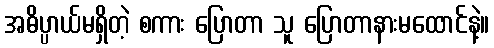
အဓိပ္ပာယ်မရှိတဲ့ စကား ပြောတာ သူ ပြောတာနားမထောင်နဲ့။